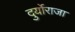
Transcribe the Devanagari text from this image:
दुर्योराजा